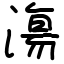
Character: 漡